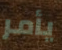
يأمر